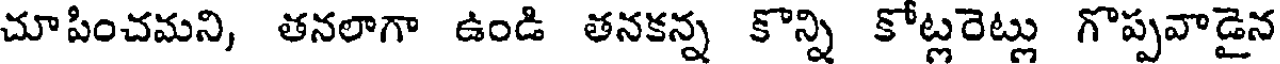
చూపించమని, తనలాగా ఉండి తనకన్న కొన్ని కోట్లరెట్లు గొప్పవాడైన